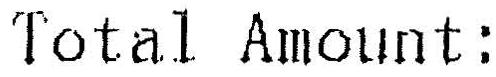
TOTAL AMOUNT: